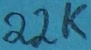
Text: 22K